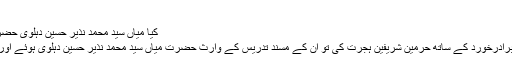
(۱۸)
کیا میاں سید محمد نذیر حسین دہلوی حضرت شاہ محمد اسحاق دہلوی کے باقاعدہ شاگرد نہ تھے :
1258ھ میں حضرت شاہ محمد اسحاق دہلوی نے اپنے برادرخورد کے ساتھ حرمین شریفین ہجرت کی تو ان کے مسند تدریس کے وارث حضرت میاں سید محمد نذیر حسین دہلوی ہوئے اور مکمل 12 سال تک دہلی میں علوم اسلامیہ کا درس دیا۔